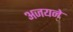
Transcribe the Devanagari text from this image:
अजयने